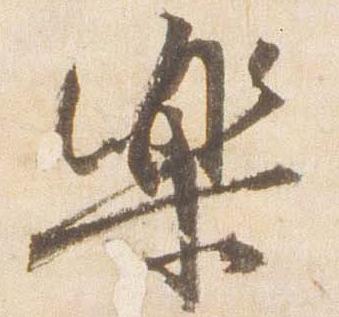
楽